Rae_vallavalitsus, lk 91
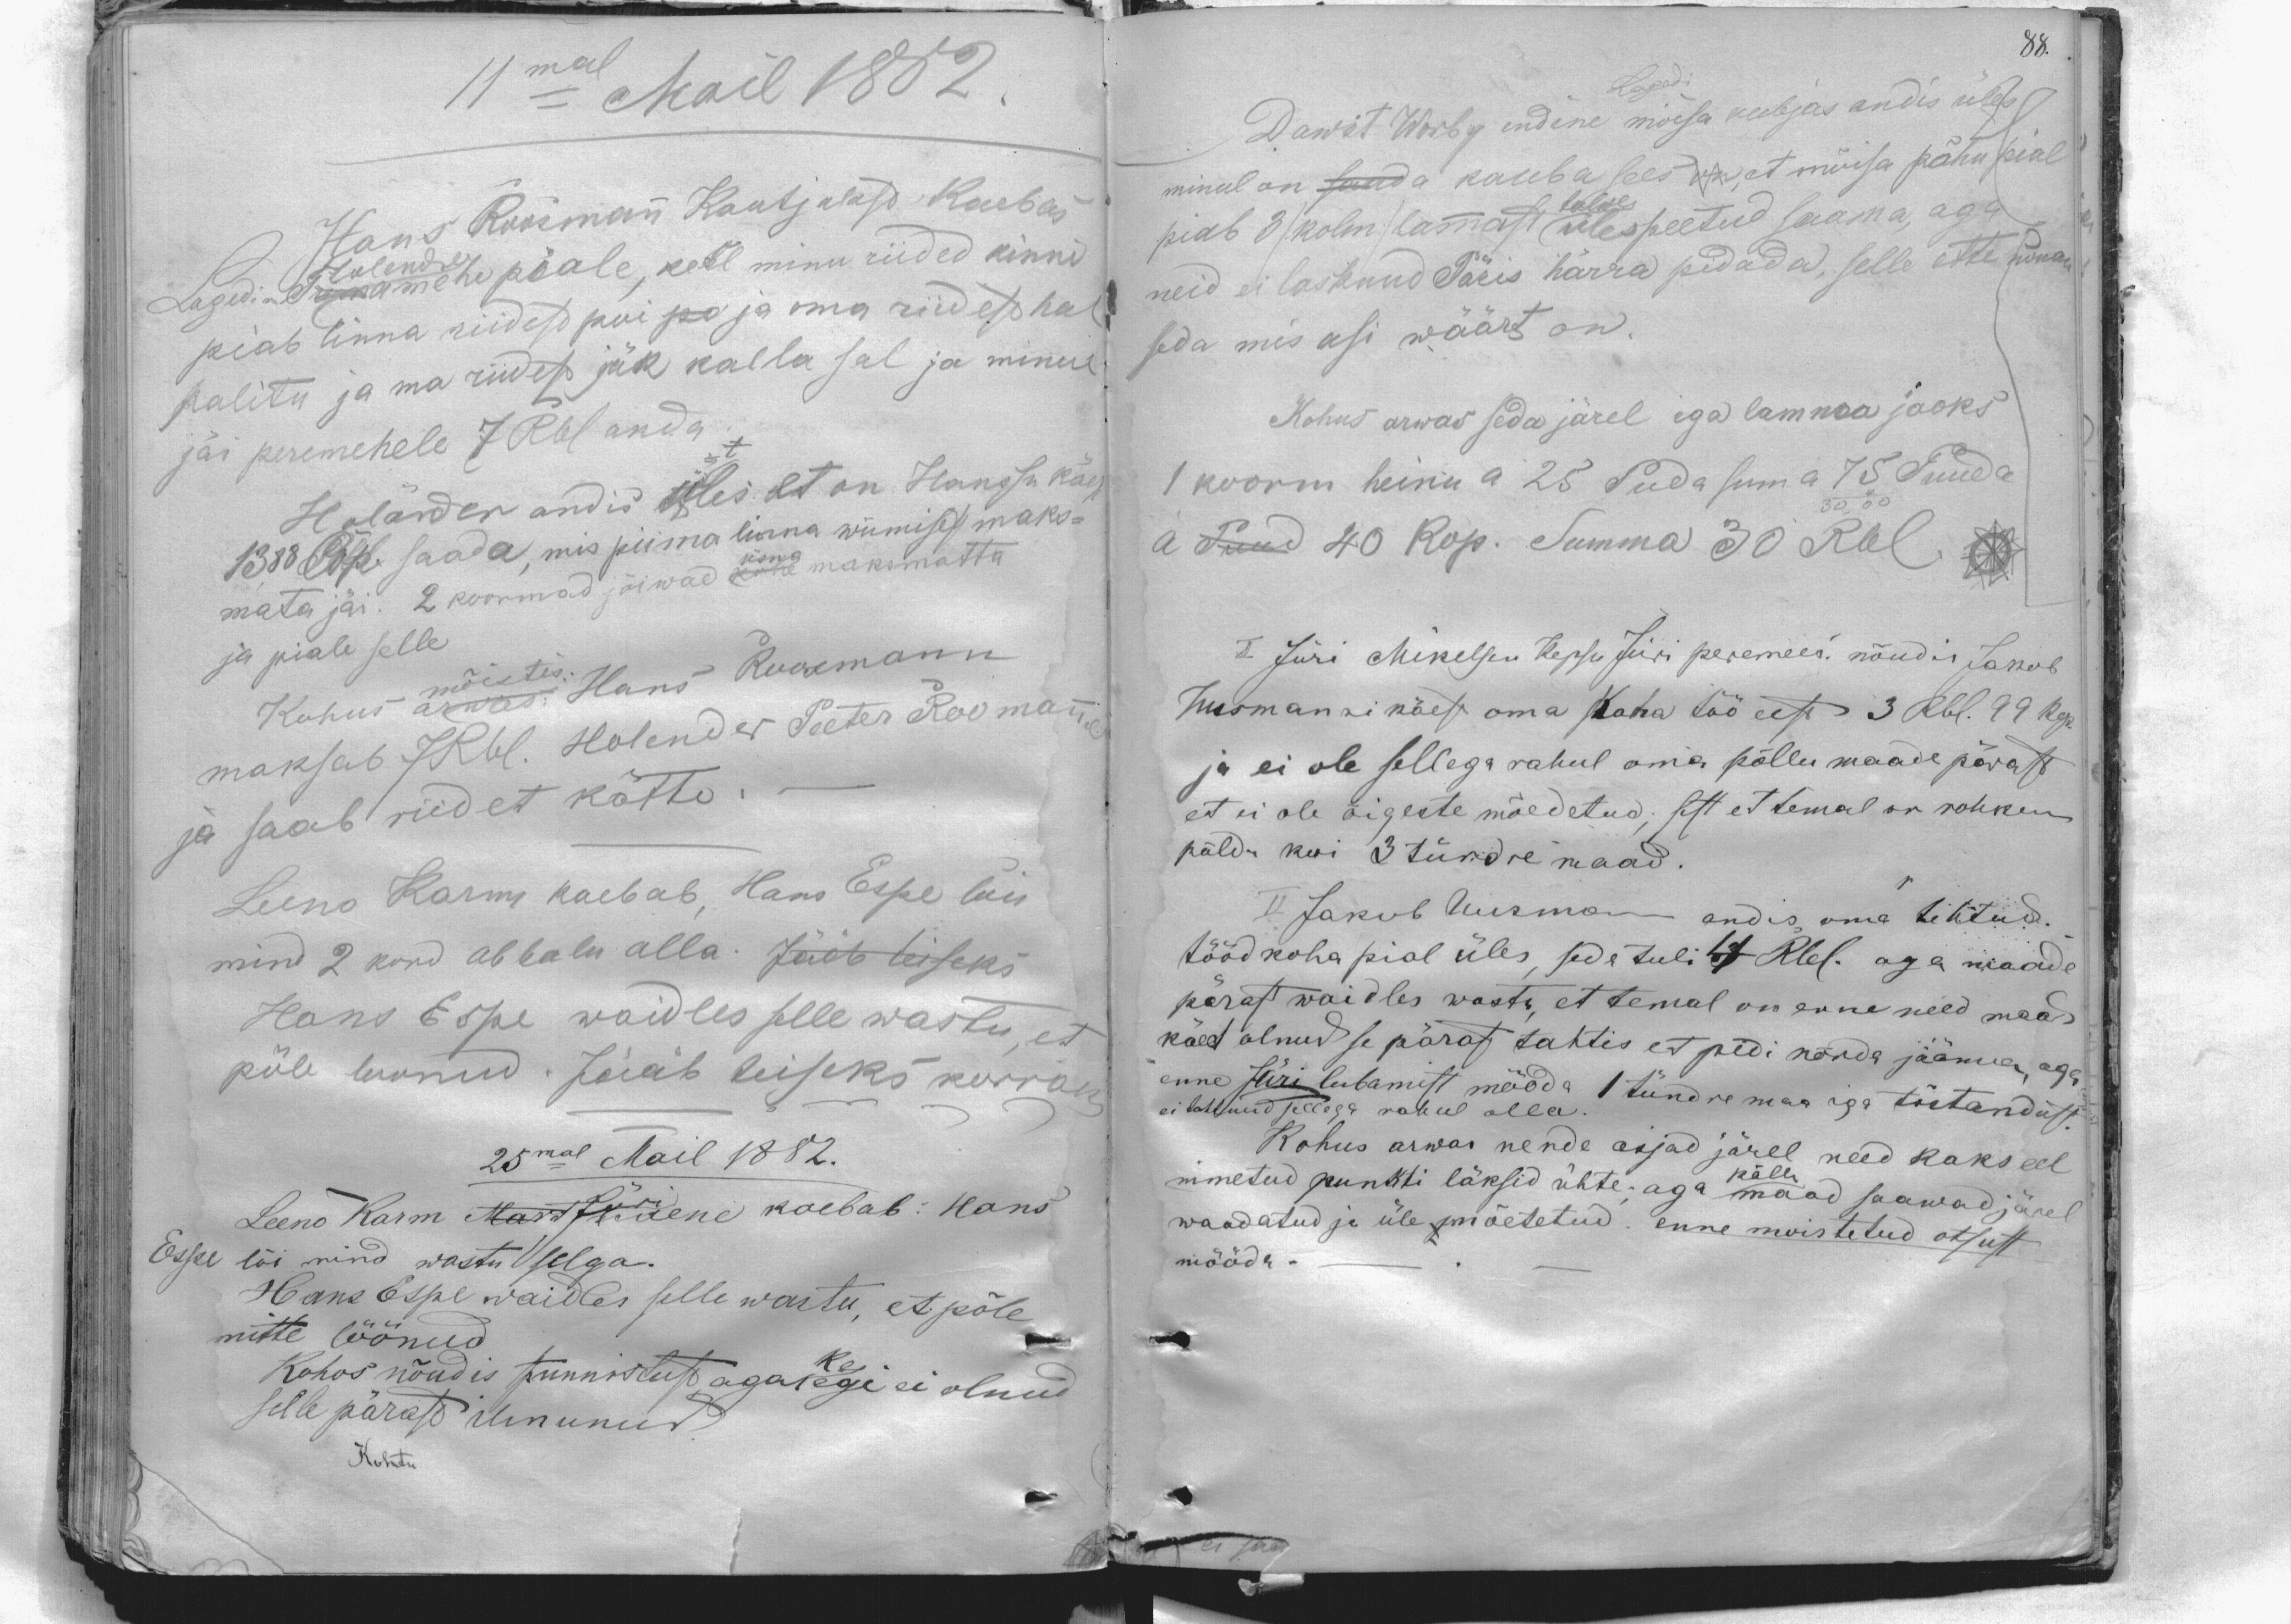
11mal Mail 1882
Hans Roosmann Kautjalast kaebas
Lagedi m. Holendre Trina mehe piale, kes minu riided kinni
piab linna riidest pui po ja oma riidest hal
palitu ja ma riidest jäk kalla sal ja minul
jäi peremehele 7 Rbl anda
Holänder andis üles, et on Hanssu käest
1388 Cop. saada, mis piima linna wiimisest maks-
mata jäi. 2 koormad jäiwad üsna maksmatta
ja piale selle
Kohus mõistis: Hans Roosmann
maksab 7 Rbl. Holender Peeter Roomanne
ja saab riidet kätte.
Leeno Karm kaebab, Hans Espe lõi
mind 2 kord abbalu alla. Jääb teiseks
Hans Espe waidles selle wastu, et
põle loonud. Jääb teiseks korraks
25mal Mail 1882.
Leeno Karm Mart Jüri naene kaebab: Hans
Eske lõi mind wastu selga.
Hans Espe waidles selle wastu, et põle
mitte löönud
Kohos nõudis tunnistust keegi ei olnud
selle pärast ilmunud.
Kohtu

88.
Lagedi
Dawit Worby endine mõisa kubjas andis üles
minul on saada kauba sees on, et mõisa põhu pial
piab 3 /kolm/ lammast ülespeetud saama, aga
talwe
neid ei lasknud Päris härra pidada, selle ette nouan
seda mis asi wäärt on.
Kohus arwas seda järel ega lamma jaoks
1 koorm heinu a 25 Puda suma 75 Puuda
a Puud 40 kop. Summa 30 Rbl.
I Jüri Mikelsen Kepsu Jüri peremees. nõudis Jakob
Uusmanni käest oma raha töö eest 3 Rbl. 99 kop.
ja ei ole sellega rahul oma põllu maade pärast
et ei ole õigeste mõedetud; sest et temal on rohkem
põldu kui 3 tündre maad.
II Jakob Uusman andis oma tehtud.
tööd koha pial üles, seda tuli 4 Rbl. aga maade
pärast waidles wastu, et temal on enne need maad
käes olnud se pärast tahtis et pidi nõnda jääma, aga
enne Jüri lubamist mööda
1 tündre maa iga tõstandust.
ei tahtnud sellega rahul olla.
Kohus arwas nende asjad järel need kaks eel
nimetud punkti läksid ühte; aga põllumaad saawad järel
waadatud ja üle mõetetud. Enne moistetud otsust
mööda.